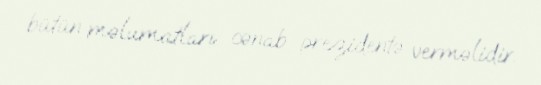
bütün məlumatları cənab prezidentə verməlidir.